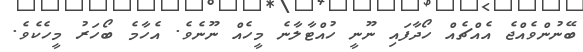
ބޭނުންވެއްޖެ އެއްޗެއް ހޯދާފައި ނޫނީ ހުއްޓާލާނެ މީހެއް ނޫނެވެ. އެހާމެ ބޯހަރު މީހެކެވެ.